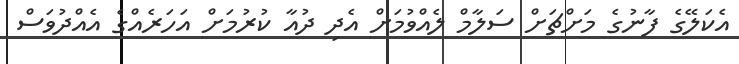
އެކަލޭގެ ފާނުގެ މަށްޗަށް ސަލާމް ލެއްވުމަށް އެދި ދުއާ ކުރުމަށް އަހަރެއްގެ އެއްދުވަސް